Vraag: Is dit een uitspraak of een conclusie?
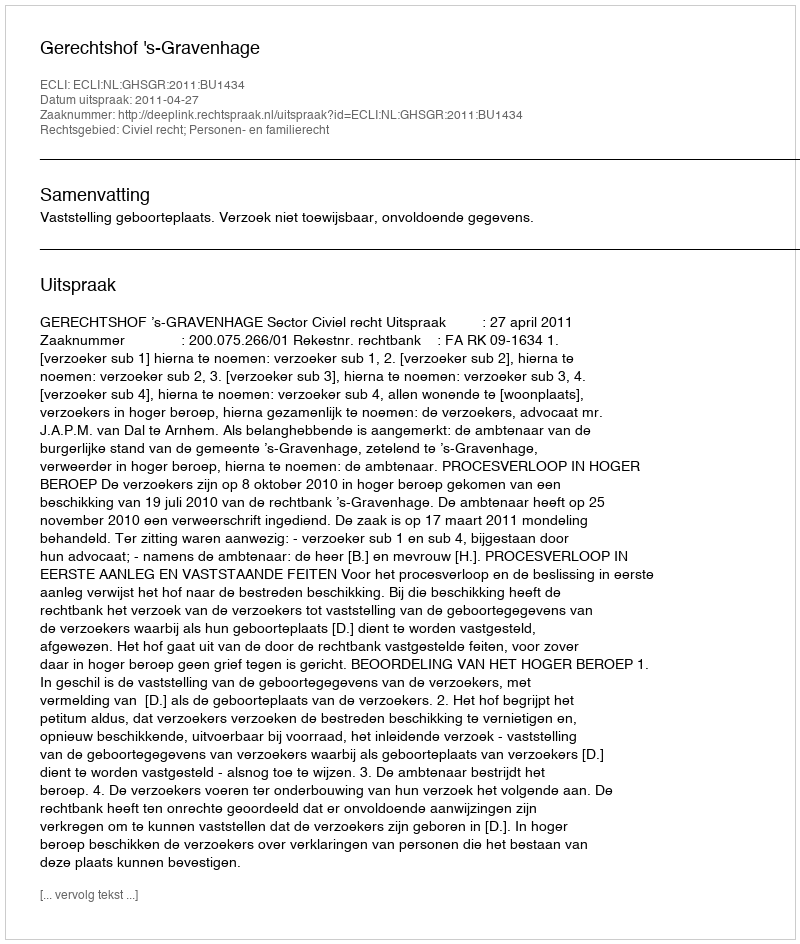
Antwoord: Uitspraak